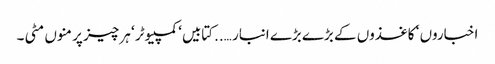
اخباروں ‘ کاغذوں کے بڑے بڑے انبار …..کتابیں‘ کمپیوٹر ‘ ہر چیز پر منوں مٹی ۔